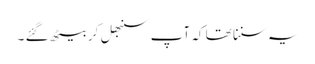
یہ سننا تھا کہ آپ سنبھل کر بیٹھ گئے ۔